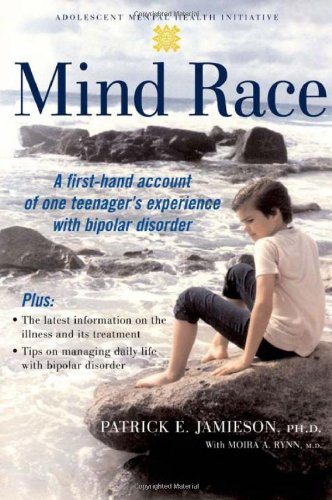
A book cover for Mind Race: A Firsthand Account of One Teenager's Experience with Bipolar Disorder (Adolescent Mental Health Initiative); Patrick E. Jamieson; Teen & Young Adult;